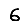
Digit: 6